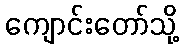
ကျောင်းတော်သို့